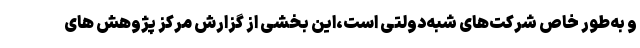
و به‌طور خاص شرکت‌های شبه‌دولتی است،این بخشی از گزارش مرکز پژوهش های